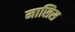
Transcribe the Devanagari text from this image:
मासिस